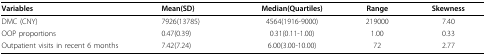
| Variables | Mean(SD,) | Median(Quartiles) | Range | Skewness |
 | --- | --- | --- | --- | --- |
 | DMC (CNY) | 7926(13785) | 4564(1916-9000) | 219000 | 7.40 |
 | OOP proportions | 0.47(0.39) | 0.31(0.11-1.00) | 1.00 | 0.33 |
 | Outpatient visits in recent 6 months | 7.42(7.24) | 6.00(3.00-10.00) | 72 | 2.77 |